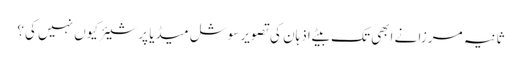
ثانیہ مرزا نے ابھی تک بیٹے اذہان کی تصویر سوشل میڈیا پر شیئر کیوں نہیں کی؟